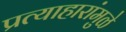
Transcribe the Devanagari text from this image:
प्रत्याहारांमुळे